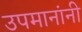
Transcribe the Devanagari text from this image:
उपमानांनी